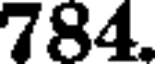
784.